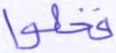
فخلوا